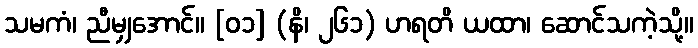
သမကံ၊ ညီမျှအောင်။ [၀၁] (နိ၊ ၂၆၁) ဟရတိ ယထာ၊ ဆောင်သကဲ့သို့။